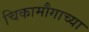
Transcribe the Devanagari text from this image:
चिकामौगाच्या